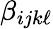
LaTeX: \beta_{ijk\ell}